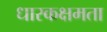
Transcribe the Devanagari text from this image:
धारकक्षमता